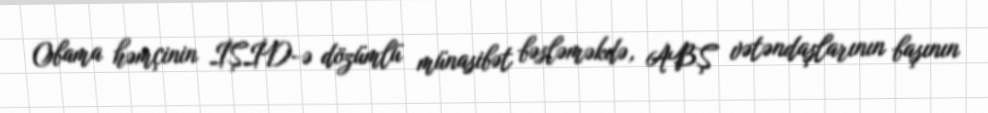
Obama həmçinin İŞİD-ə dözümlü münasibət bəsləməkdə, ABŞ vətəndaşlarının başının